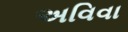
અવિવા